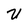
Character: U